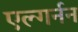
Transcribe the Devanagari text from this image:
एल्गर्नन